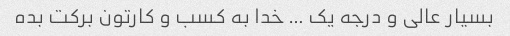
بسیار عالی و درجه یک … خدا به کسب و کارتون برکت بده